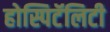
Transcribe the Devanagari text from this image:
होस्पिटॅलिटी